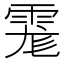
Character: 𩃄